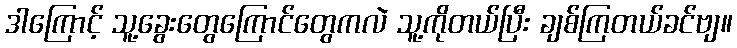
ဒါကြောင့် သူ့ခွေးတွေကြောင်တွေကလဲ သူ့ကိုတယ်ပြီး ချစ်ကြတယ်ခင်ဗျ။